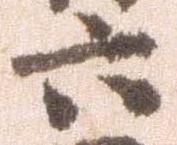
六